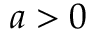
a > 0